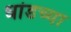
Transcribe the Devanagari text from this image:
धांडच्या